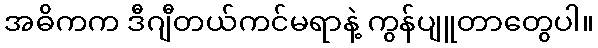
အဓိကက ဒီဂျီတယ်ကင်မရာနဲ့ ကွန်ပျူတာတွေပါ။